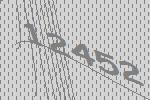
12452